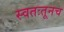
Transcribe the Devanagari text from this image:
स्वतःतूनच